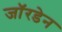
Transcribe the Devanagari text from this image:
जॉरडेन